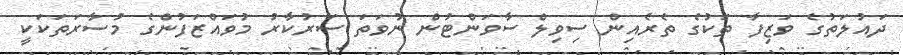
ދައުލަތުގެ ވަޒިފާ ތަކުގެ ތެރެއިން ސިވިލް ސާވަންޓުން ނުވަތަ ސަރުކާރު މުވައްޒަފުންގެ މުސާރަތަކަކީ